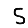
Digit: 5